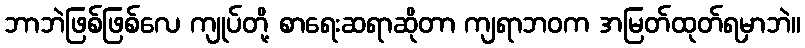
ဘာဘဲဖြစ်ဖြစ်လေ ကျုပ်တို့ စာရေးဆရာဆိုတာ ကျရာဘဝက အမြတ်ထုတ်ရမှာဘဲ။